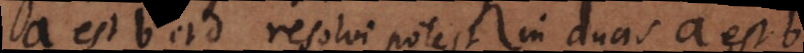
a est b et d resolvi potest in duas a est b